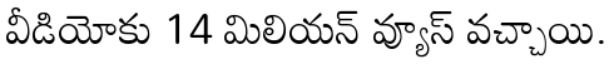
వీడియోకు 14 మిలియన్ వ్యూస్ వచ్చాయి.